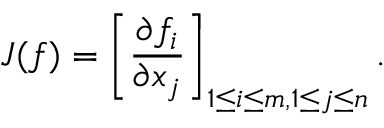
J ( f ) = \left[ { \frac { \partial f _ { i } } { \partial x _ { j } } } \right] _ { 1 \leq i \leq m , 1 \leq j \leq n } .